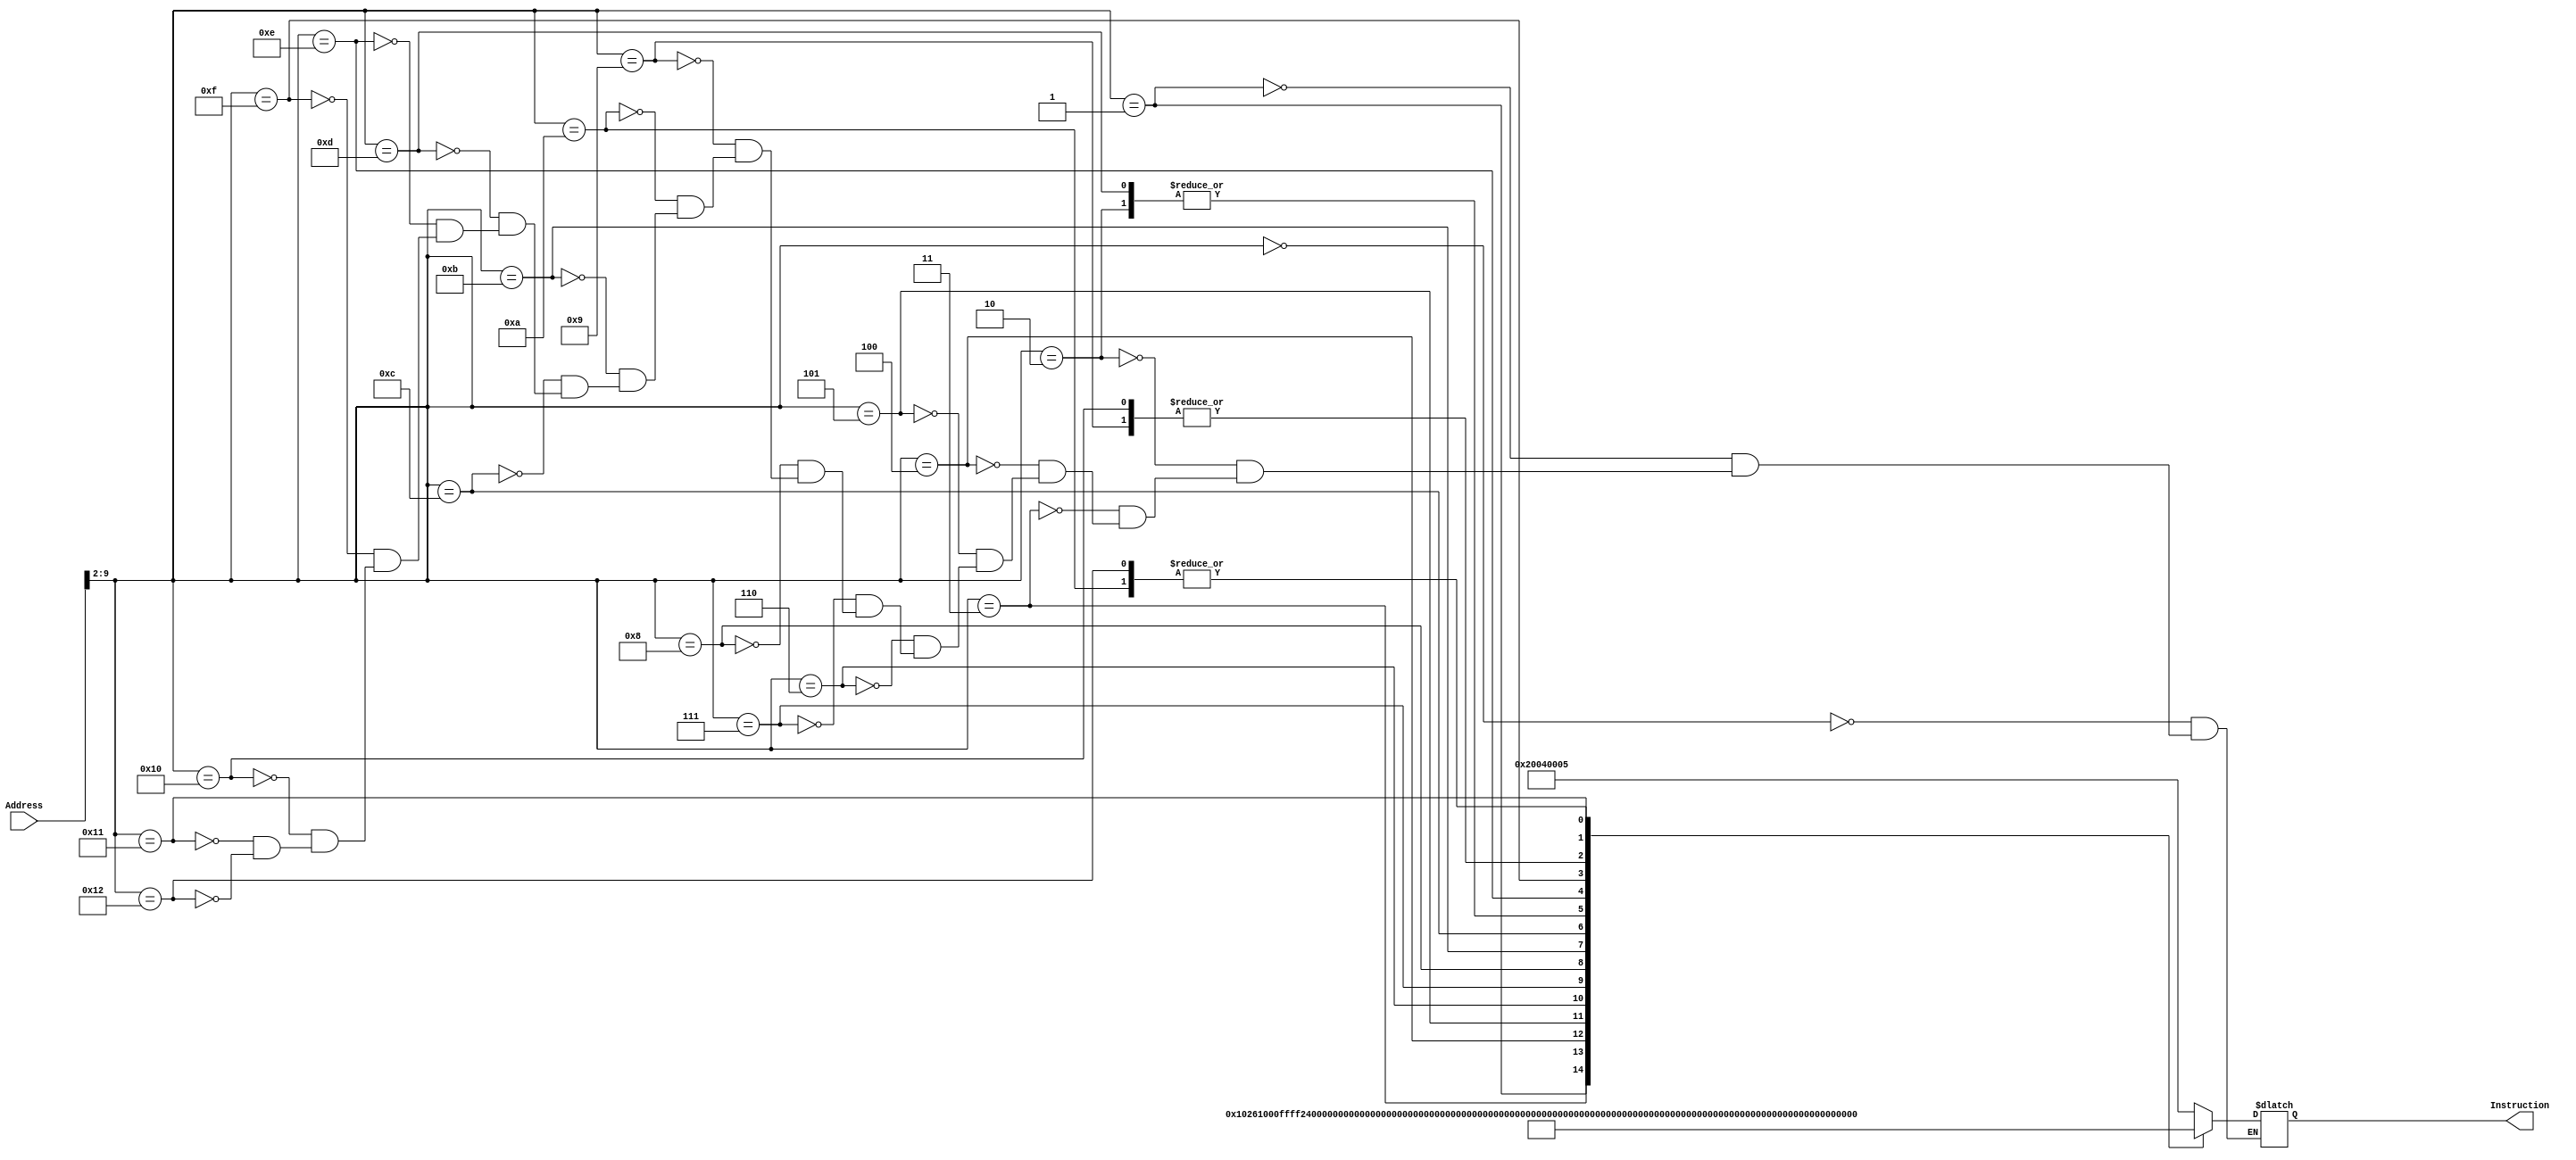
module InstructionMemory2 (
    input [31:0] Address,
    output reg [31:0] Instruction
);
    always @(*) begin
        case (Address[9:2])
            // addi $a0, $zero, 5
            4'd0:   Instruction <= {6'h08, 5'd0, 5'd4, 16'h0005};
            // xor $v0, $zero, $zero
            4'd1:   Instruction <= {6'h00, 5'd0, 5'd0, 5'd2, 5'd0, 6'h26};
            // jal sum
            4'd2:   Instruction <= {6'h03, 26'h4};
            // Loop:
            // beq $zero, $zero, Loop
            4'd3:   Instruction <= {6'h04, 5'd0, 5'd0, 16'hffff};
            // sum:
            // addi $sp, $sp, -8
            4'd4:   Instruction <= {6'h08, 5'd29, 5'd29, 16'hfff8};
            // sw $ra, 4($sp)
            5'd5:   Instruction <= {6'h2b, 5'd29, 5'd31, 16'h4};
            // sw $a0, 0($sp)
            5'd6:   Instruction <= {6'h2b, 5'd29, 5'd4, 16'h0};
            // slti $t0, $a0, 1
            5'd7:   Instruction <= {6'h0a, 5'd4, 5'd8, 16'h1};
            // beq $t0, $zero, L1
            5'd8:   Instruction <= {6'h04, 5'd0, 5'd8, 16'h2};
            // addi $sp, $sp, 8
            5'd9:   Instruction <= {6'h08, 5'd29, 5'd29, 16'h8};
            // jr $ra
            5'd10:  Instruction <= {6'h0, 5'd31, 15'h0, 6'h8};
            // L1:
            // add $v0, $a0, $v0
            5'd11:  Instruction <= {6'h0, 5'd4, 5'd2, 5'd2, 5'd0, 6'h20};
            // addi $a0, $a0, -1
            5'd12:  Instruction <= {6'h08, 5'd4, 5'd4, 16'hffff};
            // jal sum
            5'd13:  Instruction <= {6'h03, 26'h4};
            // lw $a0, 0($sp)
            5'd14:  Instruction <= {6'h23, 5'd29, 5'd4, 16'h0};
            // lw $ra, 4($sp)
            5'd15:  Instruction <= {6'h23, 5'd29, 5'd31, 16'h4};
            // addi $sp, $sp, 8
            5'd16:  Instruction <= {6'h08, 5'd29, 5'd29, 16'h8};
            // add $v0, $a0, $v0
            5'd17:  Instruction <= {6'h00, 5'd4, 5'd2, 5'd2, 5'd0, 6'd20};
            // jr $ra
            5'd18:  Instruction <= {6'h00, 5'd31, 15'h0, 6'h8};
        endcase
    end

endmodule